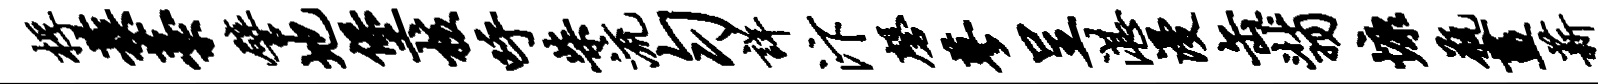
桴蔟藁譬地堡核呼柴流匀详汴磬蓼呈湛漫缶翡慷瓶画薪